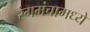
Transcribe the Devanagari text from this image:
रंगमंचामध्ये